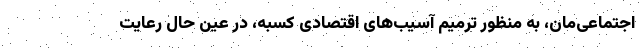
اجتماعی‌مان، به منظور ترمیم آسیب‌های اقتصادی کسبه، در عین حال رعایت